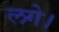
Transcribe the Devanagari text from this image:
लगेे।